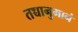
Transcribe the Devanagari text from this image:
तच्चानुमानं